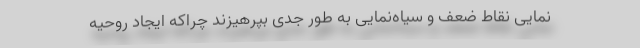
نمایی نقاط ضعف و سیاه‌نمایی به طور جدی بپرهیزند چراکه ایجاد روحیه